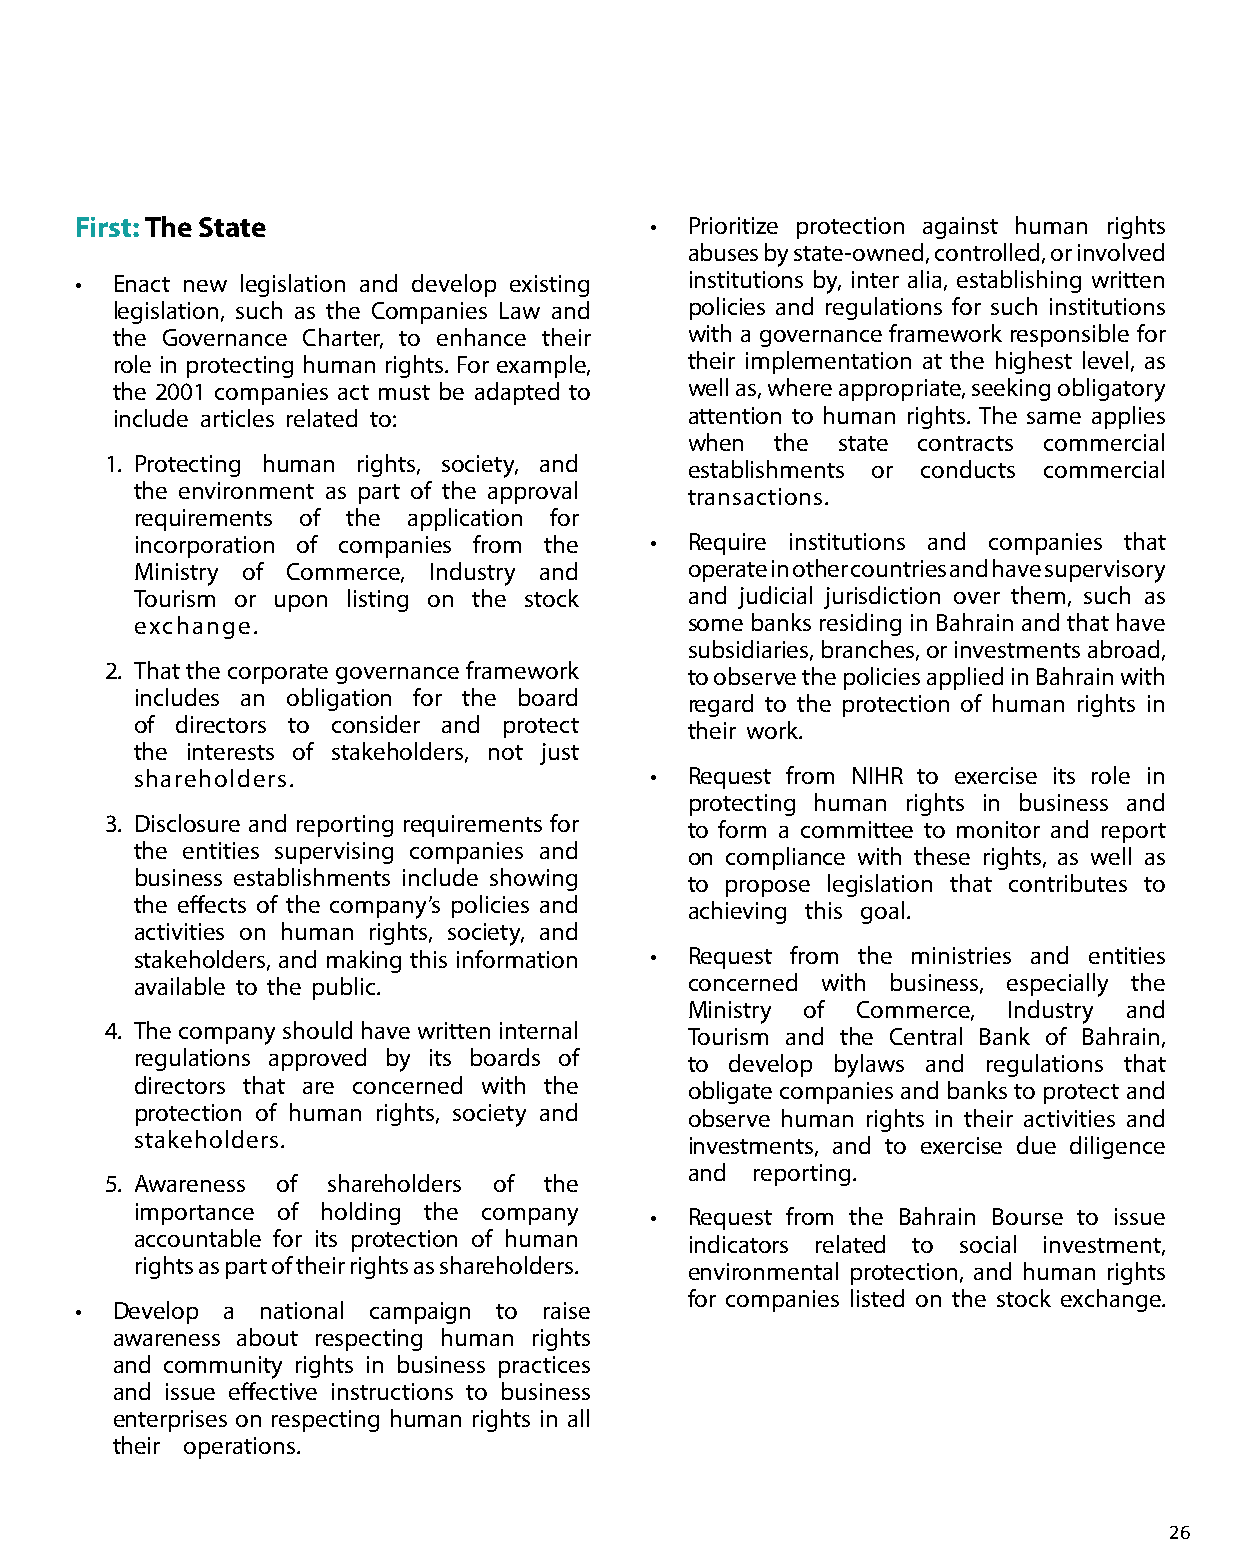
First: The State                      • Prioritize protection against human rights
 abuses by state-owned, controlled, or involved
 • Enact new legislation and develop existing institutions by, inter alia, establishing written
 legislation, such as the Companies Law and policies and regulations for such institutions
 the Governance Charter, to enhance their with a governance framework responsible for
 role in protecting human rights. For example, their implementation at the highest level, as
 the 2001 companies act must be adapted to well as, where appropriate, seeking obligatory
 include articles related to:          attention to human rights. The same applies
 when  the state contracts commercial
 1. Protecting human rights, society, and establishments or conducts commercial
 the environment as part of the approval transactions.
 requirements of the application for
 incorporation of companies from the • Require institutions and companies that
 Ministry of Commerce, Industry and  operate in other countries and have supervisory
 Tourism or upon listing on the stock and judicial jurisdiction over them, such as
 exchange.                           some banks residing in Bahrain and that have
 subsidiaries, branches, or investments abroad,
 2. That the corporate governance framework to observe the policies applied in Bahrain with
 includes an obligation for the board regard to the protection of human rights in
 of directors to consider and protect their work.
 the interests of stakeholders, not just
 shareholders.                     • Request from NIHR to exercise its role in
 protecting human rights in business and
 3. Disclosure and reporting requirements for to form a committee to monitor and report
 the entities supervising companies and on compliance with these rights, as well as
 business establishments include showing to propose legislation that contributes to
 the effects of the company’s policies and achieving this goal.
 activities on human rights, society, and
 stakeholders, and making this information • Request from the ministries and entities
 available to the public.            concerned with business, especially the
 Ministry of Commerce, Industry and
 4. The company should have written internal Tourism and the Central Bank of Bahrain,
 regulations approved by its boards of to develop bylaws and regulations that
 directors that are concerned with the obligate companies and banks to protect and
 protection of human rights, society and observe human rights in their activities and
 stakeholders.                       investments, and to exercise due diligence
 and  reporting.
 5. Awareness of shareholders of the
 importance of holding the company • Request from the Bahrain Bourse to issue
 accountable for its protection of human indicators related to social investment,
 rights as part of their rights as shareholders. environmental protection, and human rights
 for companies listed on the stock exchange.
 • Develop a national campaign to raise
 awareness about respecting human rights
 and community rights in business practices
 and issue effective instructions to business
 enterprises on respecting human rights in all
 their operations.
 26